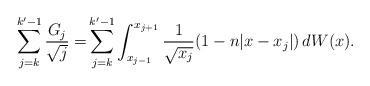
LaTeX: \begin{align*}\sum_{j=k}^{k'-1} \frac{G_j}{\sqrt{j}} =& \sum_{j=k}^{k'-1} \int_{x_{j-1}}^{x_{j+1}} \frac{1}{\sqrt{x_j}} (1-n|x-x_j|)\, dW(x). \end{align*}